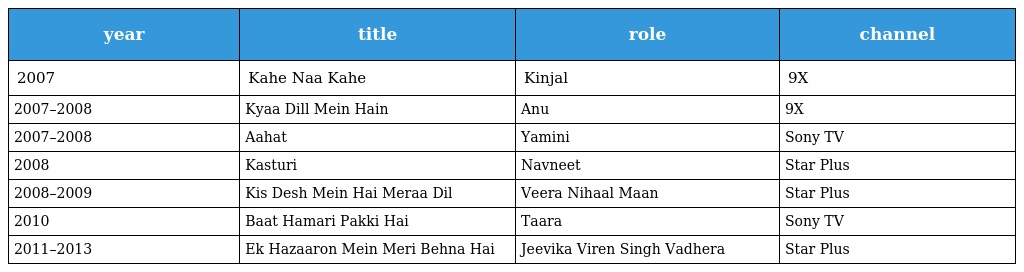
| year | title | role | channel |
 | --- | --- | --- | --- |
 | 2007 | Kahe Naa Kahe | Kinjal | 9X |
 | 2007–2008 | Kyaa Dill Mein Hain | Anu | 9X |
 | 2007–2008 | Aahat | Yamini | Sony TV |
 | 2008 | Kasturi | Navneet | Star Plus |
 | 2008–2009 | Kis Desh Mein Hai Meraa Dil | Veera Nihaal Maan | Star Plus |
 | 2010 | Baat Hamari Pakki Hai | Taara | Sony TV |
 | 2011–2013 | Ek Hazaaron Mein Meri Behna Hai | Jeevika Viren Singh Vadhera | Star Plus |